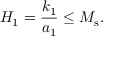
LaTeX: H _ { 1 } = \frac { k _ { 1 } } { a _ { 1 } } \leq M _ { \mathrm { s } } .